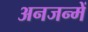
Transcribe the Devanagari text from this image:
अनजन्में